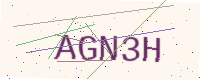
Text: AGN3H